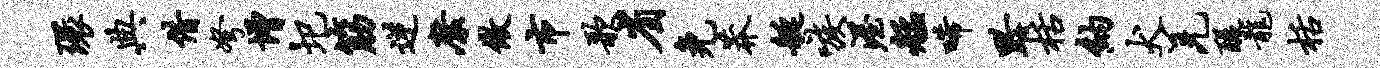
环典借弩增圯筋逆縻做市歌省免莽艇嗾渥艋唏黔栝纳犬羌醍龙栝